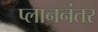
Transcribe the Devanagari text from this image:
प्लाननंतर